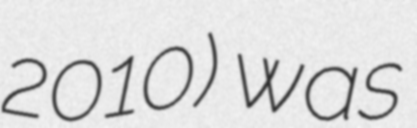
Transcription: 2010) was